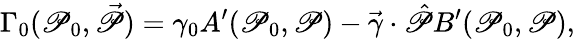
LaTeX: \Gamma_{0}(\mathscr{P}_{0},\vec{{\mathscr{P}}})=\gamma_{0}A^{\prime}(\mathscr{P}_{0},\mathscr{P})-\vec{{\gamma}}\cdot\hat{{\mathscr{P}}}B^{\prime}(\mathscr{P}_{0},\mathscr{P}),